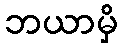
ဘယာမှိ